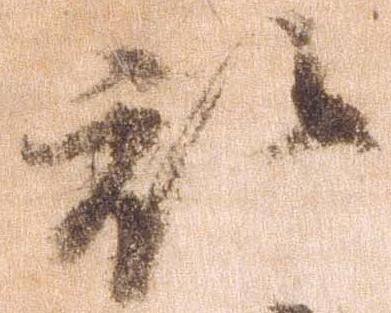
被